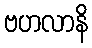
ဗဟလာနိ